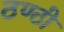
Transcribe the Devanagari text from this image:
ठण्ठी